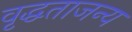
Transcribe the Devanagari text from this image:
वृद्धताजन्य